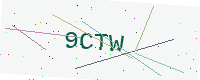
Text: 9CTW